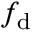
f _ { \mathrm { d } }